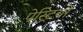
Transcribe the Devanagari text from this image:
पेस्ट्रियों